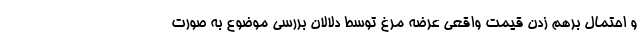
و احتمال برهم زدن قیمت واقعی عرضه مرغ توسط دلالان بررسی موضوع به صورت